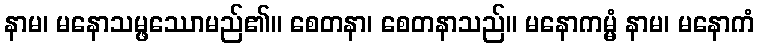
နာမ၊ မနောသမ္ဖဿောမည်၏။ စေတနာ၊ စေတနာသည်။ မနောကမ္မံ နာမ၊ မနောကံ